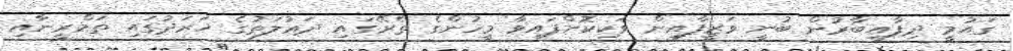
ގައުމީ ދިފާއީބާރުން ބުނީ ވަޒީފާއިން ވަކިކޮށްފައިވާ މީހުންގެ ތެރޭގައި ދަޢުލަތުގެ ޚަރަދުގައި ތަމްރީނާއި